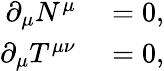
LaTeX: \begin{array}{rl}{\partial_{\mu}N^{\mu}}&{{}=0,}\\ {\partial_{\mu}T^{\mu\nu}}&{{}=0,}\end{array}